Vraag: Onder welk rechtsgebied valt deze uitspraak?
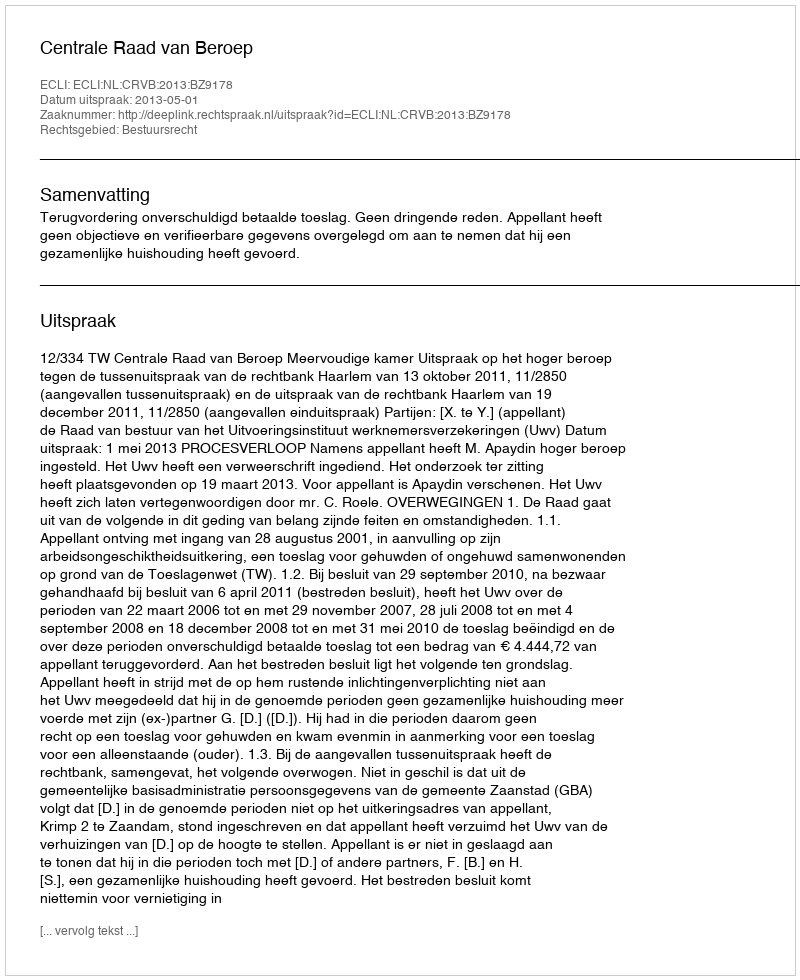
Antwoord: Bestuursrecht